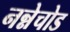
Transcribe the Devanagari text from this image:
नन्नेचोड